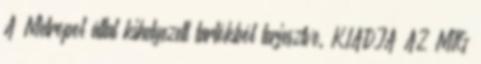
A Metropol által kihelyezett tartókból terjesztve. KIADJA AZ MTG